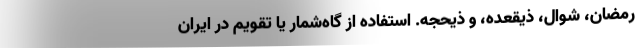
رمضان، شوال، ذیقعده، و ذیحجه. استفاده از گاه‌شمار یا تقویم در ایران